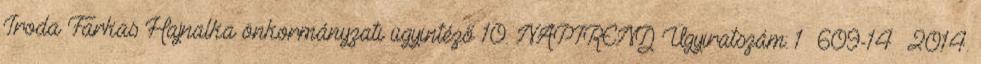
Iroda Farkas Hajnalka önkormányzati ügyintéző 10. NAPIREND Ügyiratszám: 1 609-14 2014.